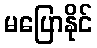
မပြောနိုင်